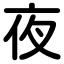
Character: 夜